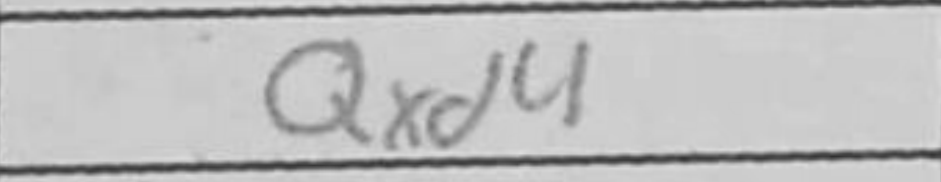
Transcription: Qxd4